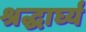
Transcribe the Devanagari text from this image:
श्रद्धार्घ्य